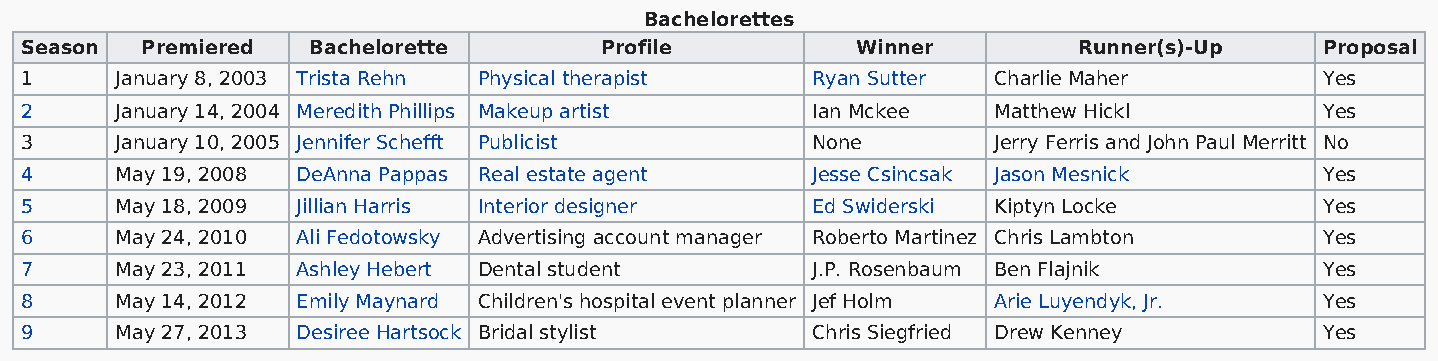
Bachelorettes
 Season  Premiered  Bachelorette        Profile          Winner        Runner(s)-Up     Proposal
 1      January 8, 2003 Trista Rehn Physical therapist Ryan Sutter Charlie Maher        Yes
 2      January 14, 2004 Meredith Phillips Makeup artist Ian Mckee Matthew Hickl        Yes
 3      January 10, 2005 Jennifer Schefft Publicist   None        Jerry Ferris and John Paul Merritt No
 4      May 19, 2008 DeAnna Pappas Real estate agent  Jesse Csincsak Jason Mesnick      Yes
 5      May 18, 2009 Jillian Harris Interior designer Ed Swiderski Kiptyn Locke         Yes
 6      May 24, 2010 Ali Fedotowsky Advertising account manager Roberto Martinez Chris Lambton Yes
 7      May 23, 2011 Ashley Hebert Dental student     J.P. Rosenbaum Ben Flajnik        Yes
 8      May 14, 2012 Emily Maynard Children's hospital event planner Jef Holm Arie Luyendyk, Jr. Yes
 9      May 27, 2013 Desiree Hartsock Bridal stylist  Chris Siegfried Drew Kenney       Yes